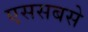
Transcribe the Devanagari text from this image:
एससबसे